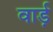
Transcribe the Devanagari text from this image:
वार्ड़